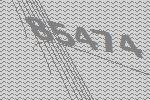
85474